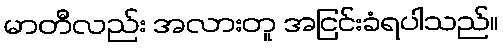
မာတီလည်း အလားတူ အငြင်းခံရပါသည်။